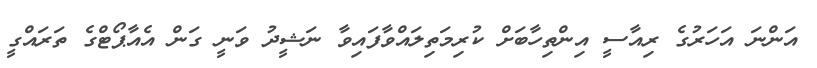
އަންނަ އަހަރުގެ ރިއާސީ އިންތިހާބަށް ކުރިމަތިލައްވާފައިވާ ނަޝީދު ވަނީ ގަން އެއާޕޯޓްގެ ތަރައްގީ